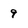
Character: 9